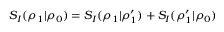
S _ { I } ( \rho _ { 1 } | \rho _ { 0 } ) = S _ { I } ( \rho _ { 1 } | \rho _ { 1 } ^ { \prime } ) + S _ { I } ( \rho _ { 1 } ^ { \prime } | \rho _ { 0 } )